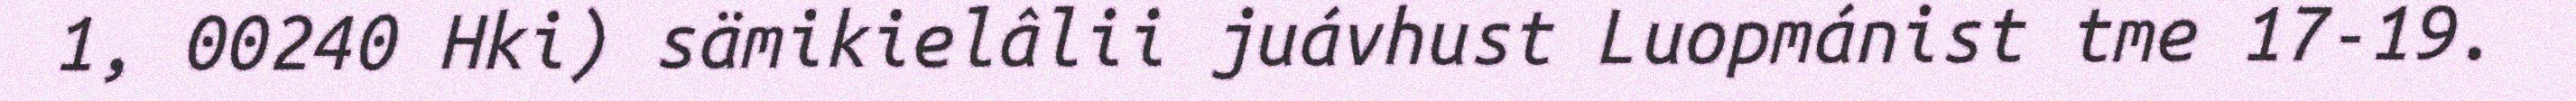
1, 00240 Hki) sämikielâlii juávhust Luopmánist tme 17-19.